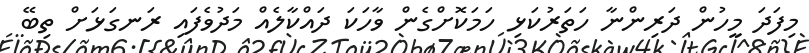
މިފަދަ މީހުން ދަރިންނާ ހަތަރުކަޅި ހަމަކޮށްގެން ވާހަކަ ދައްކާލެއް މަދުވެފައި ރަނގަޅަށް ތިބޭ